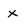
Character: x